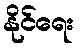
နိုင်ရေး